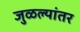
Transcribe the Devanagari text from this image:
जुळल्यांतर